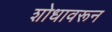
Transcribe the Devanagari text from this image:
शोधावरून